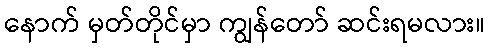
နောက် မှတ်တိုင်မှာ ကျွန်တော် ဆင်းရမလား။